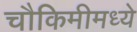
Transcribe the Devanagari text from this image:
चौकिमीमध्ये